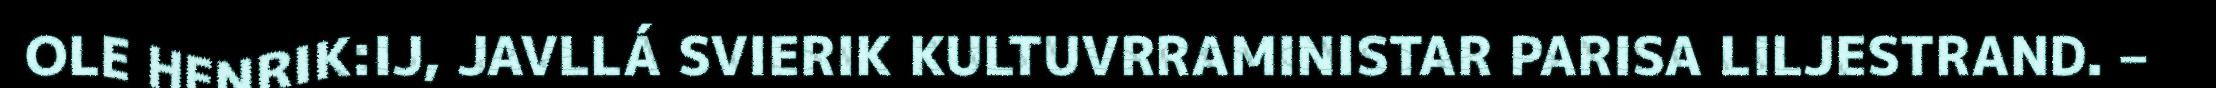
OLE HENRIK:IJ, JAVLLÁ SVIERIK KULTUVRRAMINISTAR PARISA LILJESTRAND. –